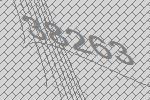
38263